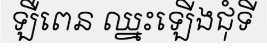
ឡឺពេន ឈ្នះឡើងជុំទី